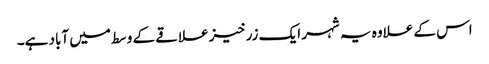
اس کے علاوہ یہ شہر ایک زرخیز علاقے کے وسط میں آباد ہے۔